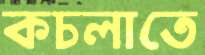
কচলাতে